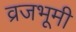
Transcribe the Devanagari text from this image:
व्रजभूमी